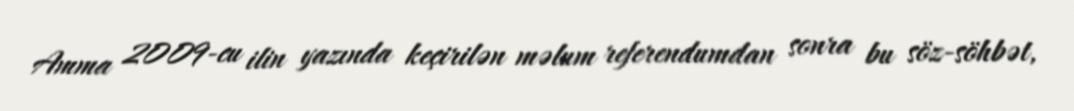
Amma 2009-cu ilin yazında keçirilən məlum referendumdan sonra bu söz-söhbət,